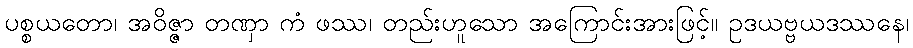
ပစ္စယတော၊ အဝိဇ္ဇာ တဏှာ ကံ ဖဿ၊ တည်းဟူသော အကြောင်းအားဖြင့်။ ဥဒယဗ္ဗယဒဿနေ၊